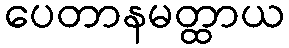
ပေတာနမတ္ထာယ